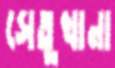
সেতুখানা